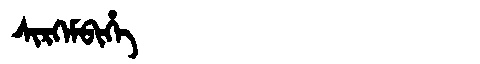
Manchu: ᠰᡳᡵᡴᡝᠮᠪᡳᡥᡝ
Romanization: SIRKEMBIHE